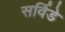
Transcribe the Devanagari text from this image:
सर्विडे